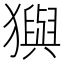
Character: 㺞